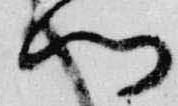
門